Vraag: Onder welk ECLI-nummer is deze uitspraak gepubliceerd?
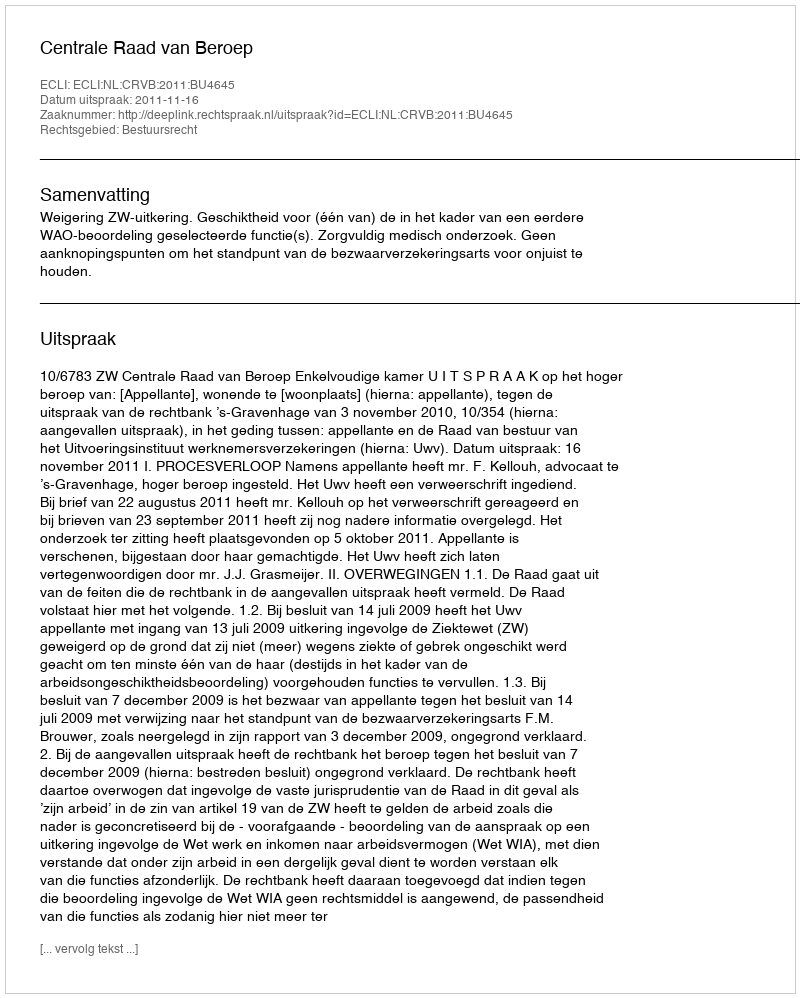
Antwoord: ECLI:NL:CRVB:2011:BU4645